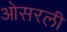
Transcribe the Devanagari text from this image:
ओसरली